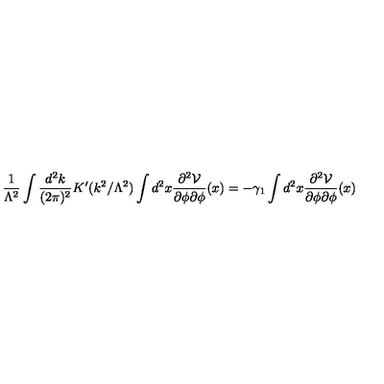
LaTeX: \frac { 1 } { \Lambda ^ { 2 } } \int \frac { d ^ { 2 } k } { ( 2 \pi ) ^ { 2 } } K ^ { \prime } ( k ^ { 2 } / \Lambda ^ { 2 } ) \int d ^ { 2 } x \frac { \partial ^ { 2 } { \cal V } } { \partial \phi \partial \phi } ( x ) = - \gamma _ { 1 } \int d ^ { 2 } x \frac { \partial ^ { 2 } { \cal V } } { \partial \phi \partial \phi } ( x )